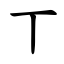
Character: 丅